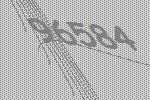
96584